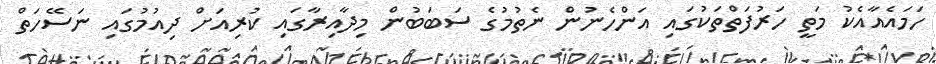
ހަމައެއާއެކު މަތީ ހަރުފަތްތަކުގައި އަންހެނުން ނެތުމުގެ ސަބަބުން މިދާއިރާގައި ކުރިއަށް ދިއުމުގައި ނަސޭހަތް